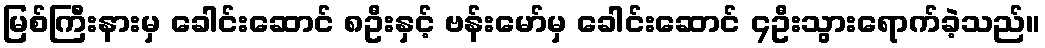
မြစ်ကြီးနားမှ ခေါင်းဆောင် ၈ဦးနှင့် ဗန်းမော်မှ ခေါင်းဆောင် ၄ဦးသွားရောက်ခဲ့သည်။